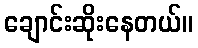
ချောင်းဆိုးနေတယ်။